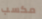
مكسب